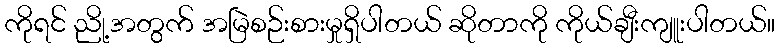
ကိုရင် ညို့အတွက် အမြဲစဉ်းစားမှုရှိပါတယ် ဆိုတာကို ကိုယ်ချီးကျူးပါတယ်။